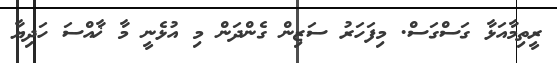
ރީތިމާއަޅާ ގަސްގަސް. މިފަހަރު ސަޒިން ގެންދަން މި އުޅެނީ މާ ޚާއްސަ ހަދިޔާ